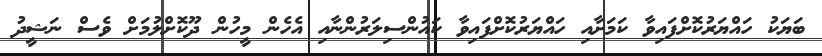
ބަޔަކު ހައްޔަރުކޮށްފައިވާ ކަމަށާއި ހައްޔަރުކޮށްފައިވާ ކައުންސިލަރުންނާއި އެހެން މީހުން ދޫކޮށްލުމަށް ވެސް ނަޝީދު